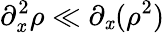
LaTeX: \partial_{\mathit{x}}^{2}\rho\ll\partial_{\mathit{x}}(\rho^{2})